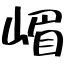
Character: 嵋